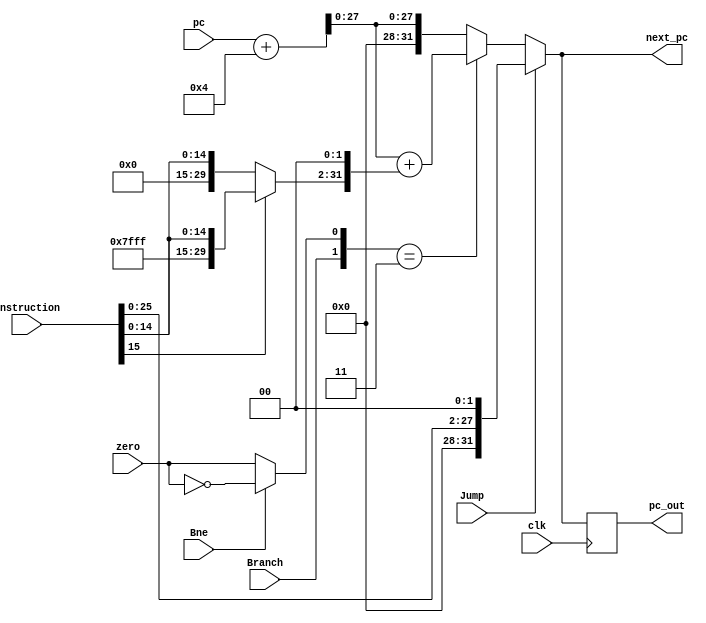
`timescale 1ns / 1ps

module Next_pc (input [31:0] pc,input [31:0] instruction, input Jump, input Branch, input Bne, input zero, output reg [31:0] next_pc, output reg [31:0] pc_out, input clk);

  reg [31:0] sign_ext,pc_new,jump;  
  reg zero_new;

  initial begin
    next_pc = 32'b0;
    pc_out = -4;
  end
  always @(posedge clk) begin
    pc_out = next_pc;
  end
  always @(pc) begin
    pc_new = pc + 4;
  end

  always @(zero, Bne) begin
    zero_new = zero;
    if (Bne == 1) begin
      zero_new = !zero_new;
    end
  end

  always @(instruction) begin
    jump = {4'b0, instruction[25:0], 2'b0};
  end

  always @(instruction) begin
    case (instruction[15])
      1'b0: begin
        sign_ext = {16'b0, instruction[15:0]};
      end
      default: begin
        sign_ext = {{16{1'b1}}, instruction[15:0]};
      end
    endcase
    sign_ext = {sign_ext[29:0], 2'b0};  
  end 

  always @(instruction or pc_new or jump) begin
    jump = {pc_new[31:28], jump[27:0]};
  end

  always @(pc_new, sign_ext, jump, Branch, zero_new, Jump) begin
    case({Branch, zero_new})
      2'b11: begin
        next_pc = pc_new + sign_ext;
      end
      default: begin
        next_pc = pc_new;
      end
    endcase
    if (Jump == 1) begin
      next_pc = jump;
    end
    
  end

endmodule